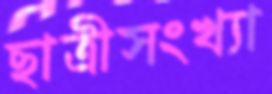
ছাত্রীসংখ্যা